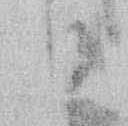
日